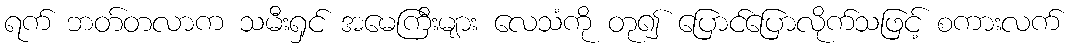
ရက် ဘတ်တလာက သမီးရှင် အမေကြီးများ လေသံကို တု၍ ပြောင်ပြောလိုက်သဖြင့် စကားလက်